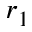
r _ { 1 }